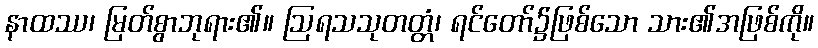
နာထဿ၊ မြတ်စွာဘုရား၏။ ဩရသသုတတ္တံ၊ ရင်တော်၌ဖြစ်သော သား၏အဖြစ်ကို။